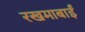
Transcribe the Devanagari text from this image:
रखमाबाईं